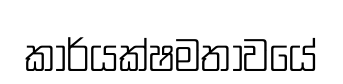
කාර්යක්ෂමතාවයේ